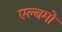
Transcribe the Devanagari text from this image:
एल्बमो